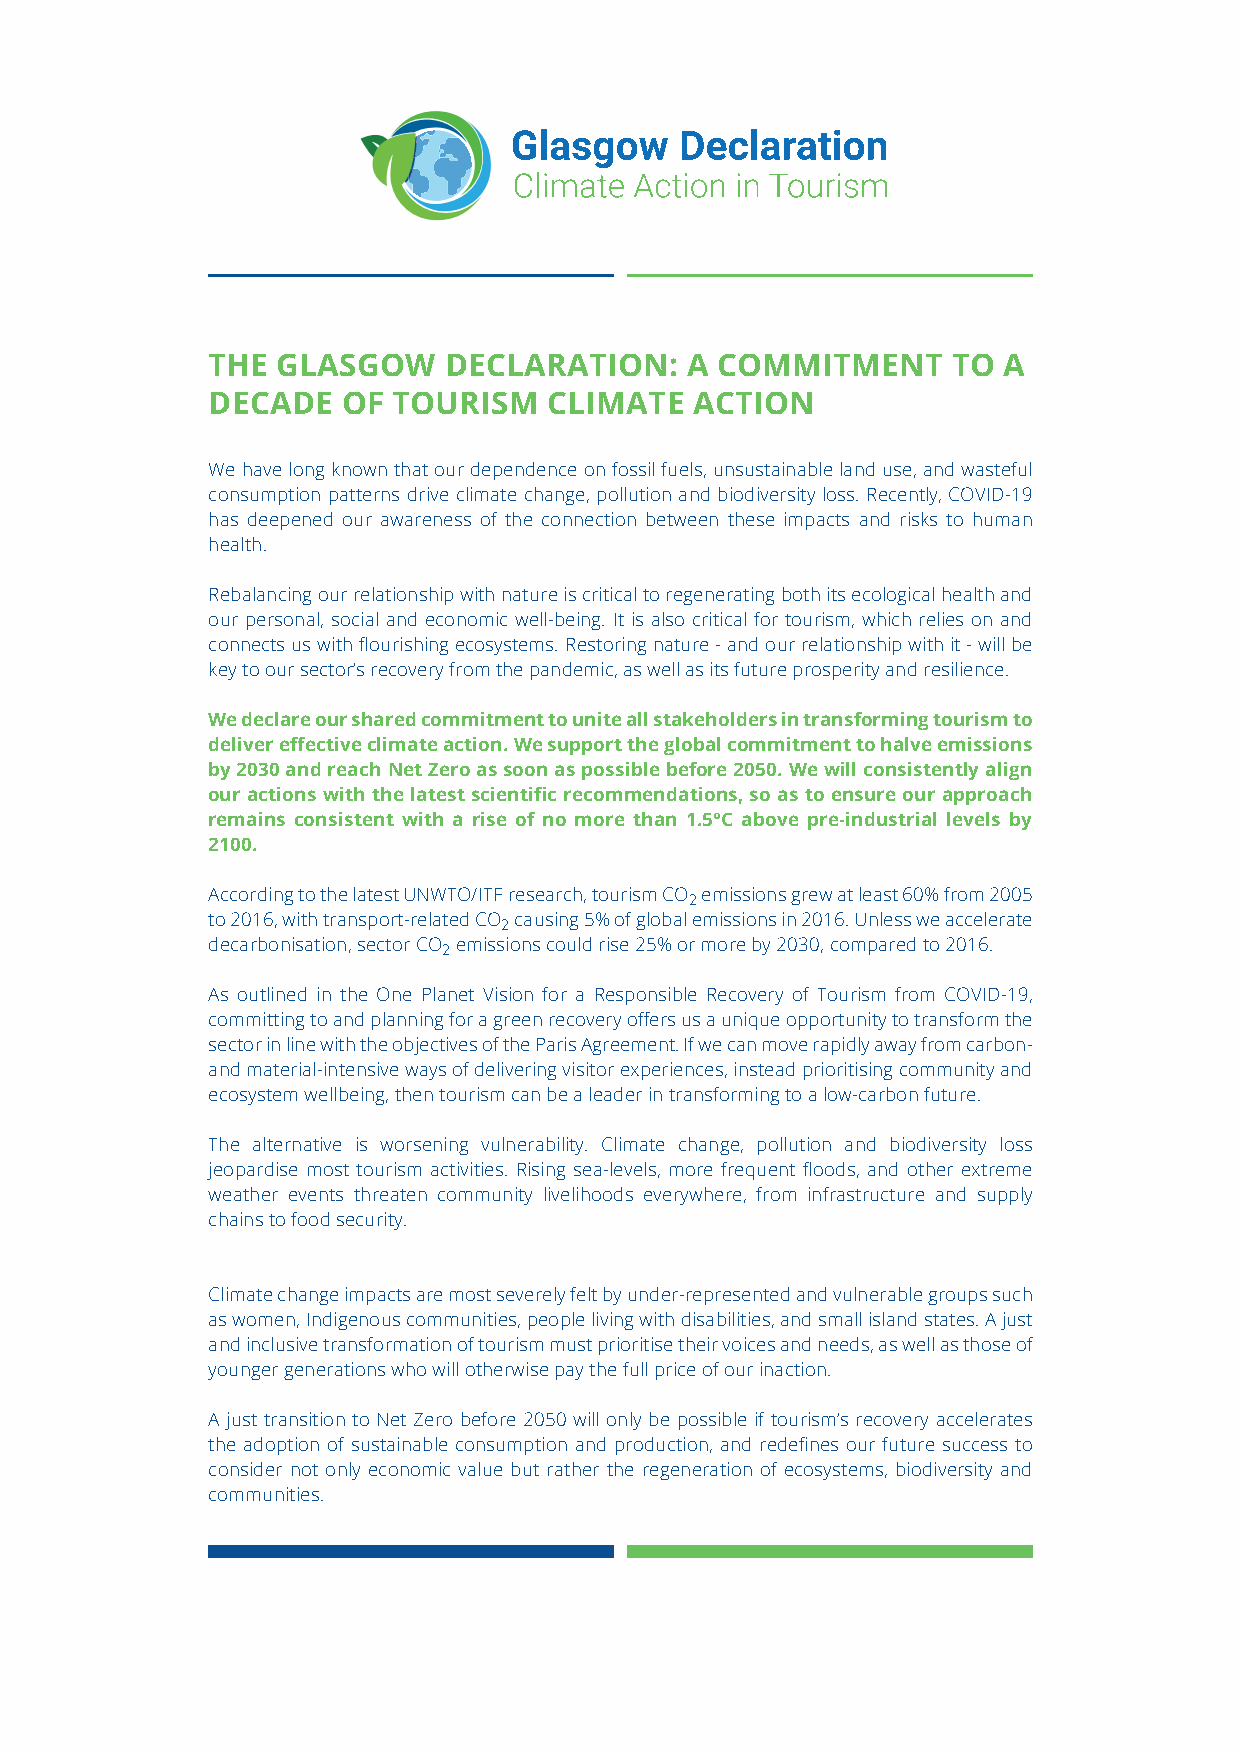
THE GLASGOW    DECLARATION:    A COMMITMENT      TO A
 DECADE   OF TOURISM   CLIMATE   ACTION
 We have long known that our dependence on fossil fuels, unsustainable land use, and wasteful
 consumption patterns drive climate change, pollution and biodiversity loss. Recently, COVID-19
 has deepened our awareness of the connection between these impacts and risks to human
 health.
 Rebalancing our relationship with nature is critical to regenerating both its ecological health and
 our personal, social and economic well-being. It is also critical for tourism, which relies on and
 connects us with flourishing ecosystems. Restoring nature - and our relationship with it - will be
 key to our sector’s recovery from the pandemic, as well as its future prosperity and resilience.
 We declare our shared commitment to unite all stakeholders in transforming tourism to
 deliver effective climate action. We support the global commitment to halve emissions
 by 2030 and reach Net Zero as soon as possible before 2050. We will consistently align
 our actions with the latest scientific recommendations, so as to ensure our approach
 remains consistent with a rise of no more than 1.5°C above pre-industrial levels by
 2100.
 According to the latest UNWTO/ITF research, tourism CO emissions grew at least 60% from 2005
 2
 to 2016, with transport-related CO causing 5% of global emissions in 2016. Unless we accelerate
 2
 decarbonisation, sector CO emissions could rise 25% or more by 2030, compared to 2016.
 2
 As outlined in the One Planet Vision for a Responsible Recovery of Tourism from COVID-19,
 committing to and planning for a green recovery offers us a unique opportunity to transform the
 sector in line with the objectives of the Paris Agreement. If we can move rapidly away from carbon-
 and material-intensive ways of delivering visitor experiences, instead prioritising community and
 ecosystem wellbeing, then tourism can be a leader in transforming to a low-carbon future.
 The alternative is worsening vulnerability. Climate change, pollution and biodiversity loss
 jeopardise most tourism activities. Rising sea-levels, more frequent floods, and other extreme
 weather events threaten community livelihoods everywhere, from infrastructure and supply
 chains to food security.
 Climate change impacts are most severely felt by under-represented and vulnerable groups such
 as women, Indigenous communities, people living with disabilities, and small island states. A just
 and inclusive transformation of tourism must prioritise their voices and needs, as well as those of
 younger generations who will otherwise pay the full price of our inaction.
 A just transition to Net Zero before 2050 will only be possible if tourism’s recovery accelerates
 the adoption of sustainable consumption and production, and redefines our future success to
 consider not only economic value but rather the regeneration of ecosystems, biodiversity and
 communities.